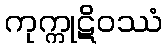
ကုက္ကုဋိဝဿံ